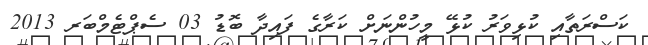
ކަސްރަތާއި ކުޅިވަރު ކުޅޭ މީހުންނަށް ކަރާގެ ފައިދާ ބޮޑު 03 ސެޕްޓެމްބަރ 2013